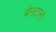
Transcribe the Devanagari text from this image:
ब्रेनटानो